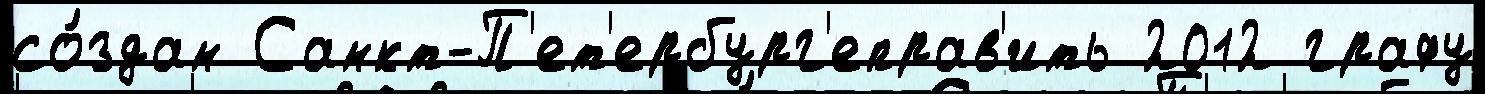
со́здан Санкт-П'ет'ербург'еправ'ить 2012 графу